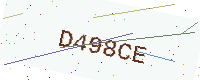
Text: D498CE